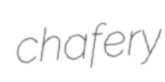
chafery